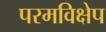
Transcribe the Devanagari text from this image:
परमविक्षेप